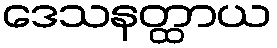
ဒေသနတ္ထာယ